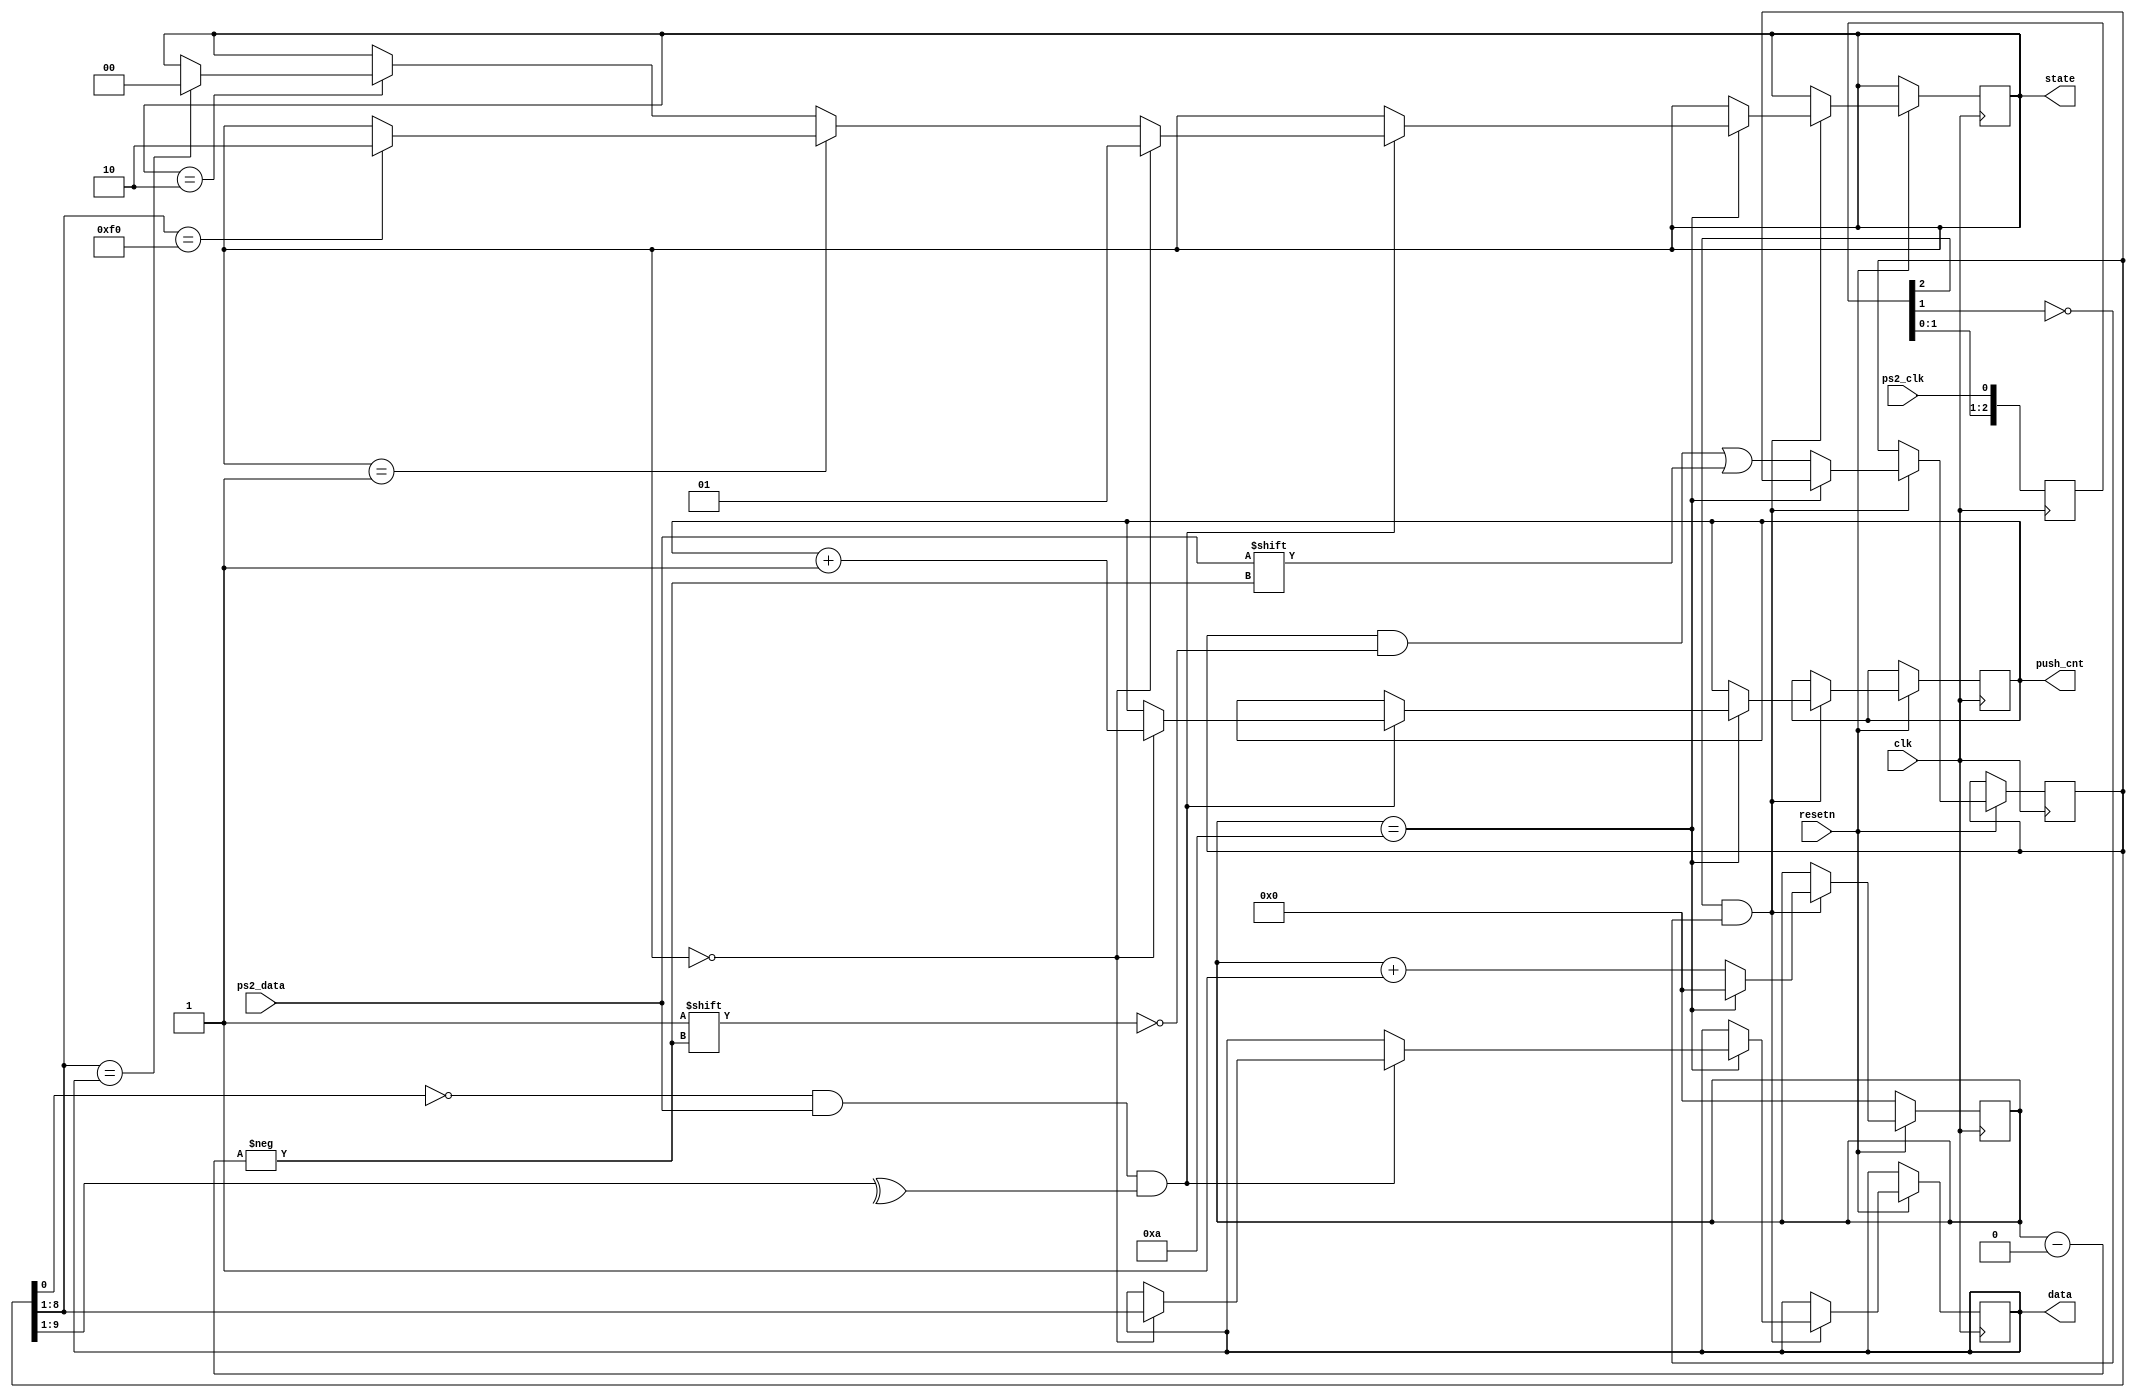
module ps2_keyboard(clk,resetn,ps2_clk,ps2_data, data, state, push_cnt);
    input clk,resetn,ps2_clk,ps2_data;
    output [7:0] data;
    output reg [1:0] state = 2'b00;
    output reg [7:0] push_cnt = 8'b0;

    reg [9:0] buffer;        // ps2_data bits
    reg [3:0] count;  // count ps2_data bits
    reg [2:0] ps2_clk_sync;
    reg [7:0] data_buf;

    assign data = data_buf[7:0];
    always @(posedge clk) begin
        ps2_clk_sync <=  {ps2_clk_sync[1:0],ps2_clk};
    end

    wire sampling = ps2_clk_sync[2] & ~ps2_clk_sync[1];
    always @(posedge clk) begin
        if (resetn == 0) begin // reset
            count <= 0;
        end
        else begin
            if (sampling) begin
              if (count == 4'd10) begin
                if ((buffer[0] == 0) &&  // start bit
                    (ps2_data)       &&  // stop bit
                    (^buffer[9:1])) begin      // odd  parity
                    if(state == 2'b00) begin
                        data_buf <= buffer[8:1];
                        state <= 2'b01;
                        push_cnt <= push_cnt + 1'b1;
                        $display("push_cnt %x", push_cnt[7:0]);
                    end
                    else if(state == 2'b01) begin
                        if(buffer[8:1] == 8'hf0)
                            state <= 2'b10;
                    end
                    else if(state == 2'b10) begin
                        if(buffer[8:1] == data_buf[7:0])
                            state <= 2'b00;
                    end
          
                    $display("receive %x", buffer[8:1]);
                    // $display("receive %x", data_buf[7:0]);

                end
                count <= 0;     // for next
              end else begin
                buffer[count] <= ps2_data;  // store ps2_data
                count <= count + 3'b1;
              end
            end
        end
    end

endmodule